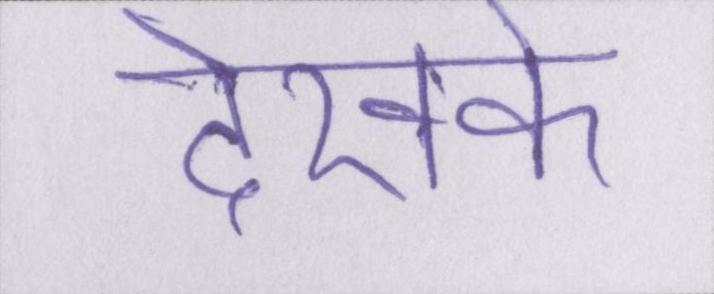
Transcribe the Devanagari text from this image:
देखके